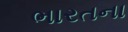
ભારતના